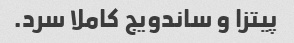
پیتزا و ساندویج کاملا سرد.